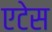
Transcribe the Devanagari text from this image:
एटेस